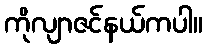
ကိုလျာဇင်နယ်ကပါ။